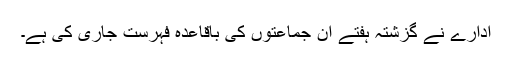
ادارے نے گزشتہ ہفتے ان جماعتوں کی باقاعدہ فہرست جاری کی ہے۔